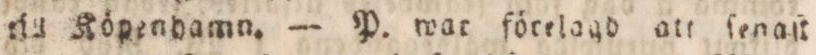
till Köpenhamn. — P. war förelagd att ſenaft